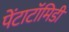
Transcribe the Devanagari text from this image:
पेंटाटॉमिडी